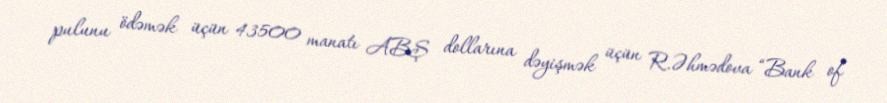
pulunu ödəmək üçün 43500 manatı ABŞ dollarına dəyişmək üçün R.Əhmədova “Bank of